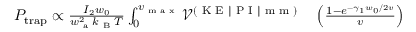
\begin{array} { r l } { P _ { \mathrm { t r a p } } \propto \frac { I _ { 2 } w _ { 0 } } { w _ { \textrm { a } } ^ { 2 } k _ { \textrm { B } } T } \int _ { 0 } ^ { v _ { \textrm { m a x } } } \mathcal { V } ^ { ( \textrm { K E | P I | m m } ) } } & { { } \left( \frac { 1 - e ^ { - \gamma _ { 1 } w _ { 0 } / 2 v } } { v } \right) } \end{array}